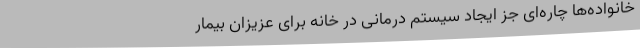
خانواده‌ها چاره‌ای جز ایجاد سیستم درمانی در خانه برای عزیزان بیمار